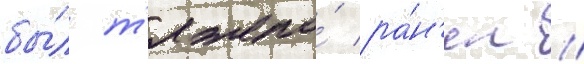
бы́л т'яжело́ ра́н'ен //